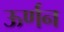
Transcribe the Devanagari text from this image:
ऊर्णन